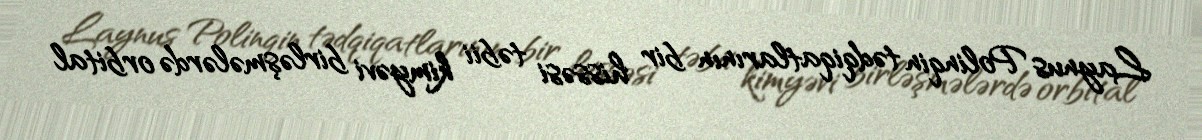
Laynus Polinqin tədqiqatlarının bir hissəsi təbii kimyəvi birləşmələrdə orbital